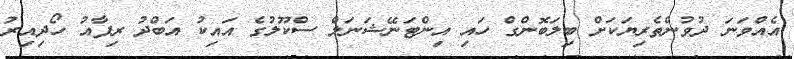
އެއްވަނަ ދުވުންތެރިޔަކަށް ބިލަބޮންގް ހައި އިންޓަނޭޝަނަލް ސްކޫލުގެ އައިކު އަބްދު ރިފާއު ހޯދިއިރު